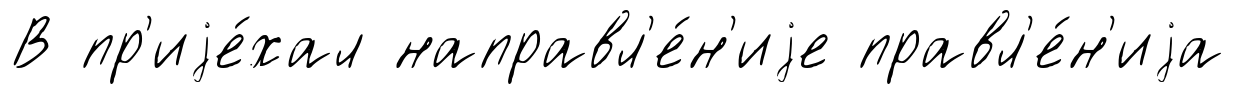
В пр'иjе́хал направл'е́н'иjе правл'е́н'иjа